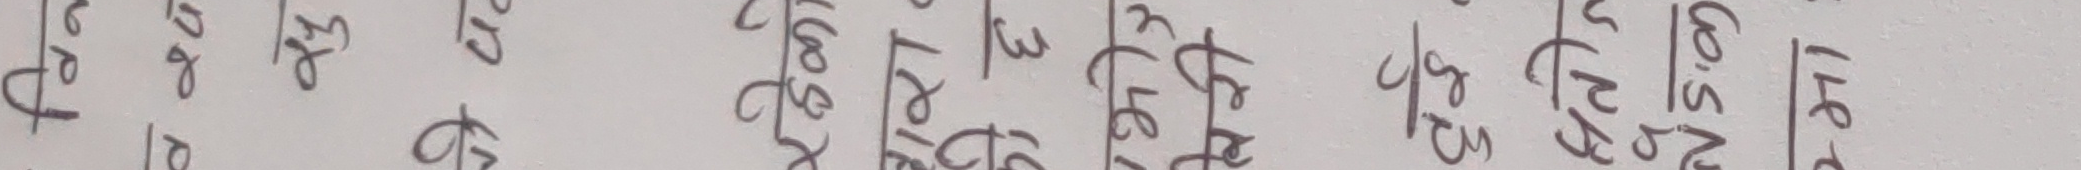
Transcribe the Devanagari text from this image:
प १ ० २० गै त ४८.५० रु ०,५० ४१
१ ० २७ गे न ४७ पै १ ३२
१ ० २३ चो अ ४० क ०,५० ३२
२ ० २७ चा र ४२ मा ०,५० ३२
३ ० २७ मा १ ४० १ ०,५० ३२
१ ० २० चो व ३६ व ०,५० ३२
१ ० २० चो य ३८ य ०,५० ३२
१ ० २० चो र ३८ र ०,५० ३२
१ ० १६ सो मा ३६ सो ०,५० ३२
० ० १४ प छ ३५ त ०,५० ३०
० ० १४ र प ३६ का ०,५० २९
रु १ ० ० फ ल ४२ न ०,५० २७